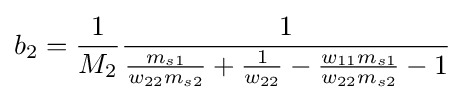
b_{2}={\frac {1}{M_{2}}}{\frac {1}{{\frac {m_{s1}}{w_{22}m_{s2}}}+{\frac {1}{w_{22}}}-{\frac {w_{11}m_{s1}}{w_{22}m_{s2}}}-1}}